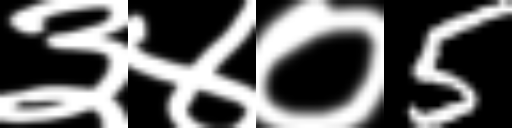
Text: ३४०5